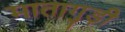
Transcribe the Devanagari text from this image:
मातागुड़ी